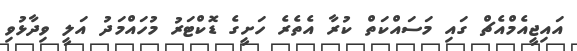
އައިޖީއެމްއެޗް ގައި މަސައްކަތް ކުރާ އެތެރެ ހަށީގެ ޑޮކްޓަރު މުހައްމަދު އަލީ ވިދާޅުވި